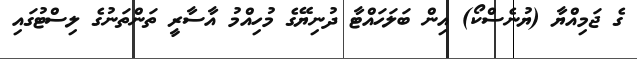
ގެ ޖަމިއްޔާ (ޔުނެސްކޯ) އިން ބަލަހައްޓާ ދުނިޔޭގެ މުހިއްމު އާސާރީ ތަންތަނުގެ ލިސްޓުގައި